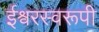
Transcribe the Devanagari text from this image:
ईश्वरस्वरूपी